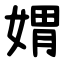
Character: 媦